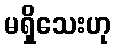
မရှိသေးဟု